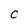
Character: c